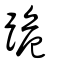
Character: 跪